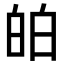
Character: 㿟